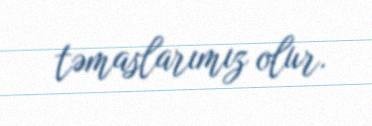
təmaslarımız olur.